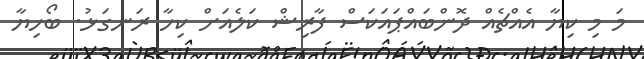
މަ މި ކިޔާ އެއްޗެއް ދޮންބައްޕައަކަސް ފާރިޝް ކަލެއަށް ކިހާ ރަނގަޅު. ބޯހިޔާ